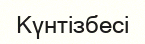
Күнтізбесі